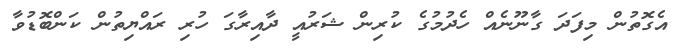
އެގޮތުން މިފަދަ ގާނޫނެއް ހެދުމުގެ ކުރިން ޝަރުއީ ދާއިރާގަ ހުރި ރައްޔިތުން ކަންބޮޑުވާ